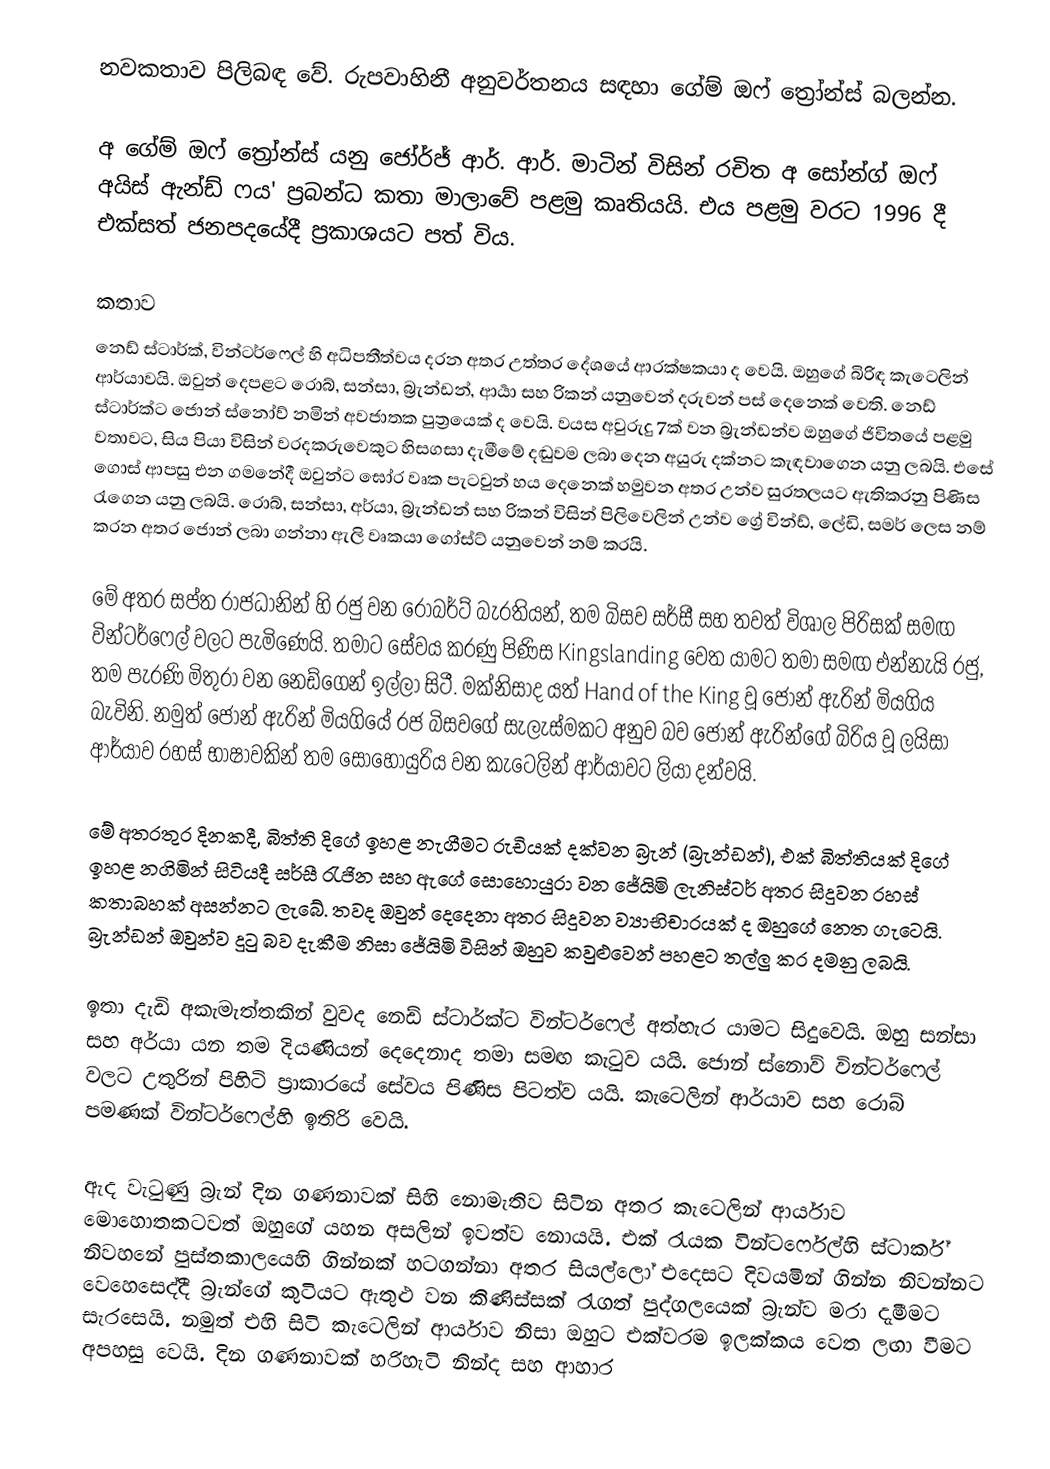
නවකතාව පිලිබඳ වේ. රුපවාහිනී අනුවර්තනය සඳහා ගේම් ඔෆ් ත්‍රෝන්ස් බලන්න.

අ ගේම් ඔෆ් ත්‍රෝන්ස් යනු ජෝර්ජ් ආර්. ආර්. මාටින් විසින් රචිත අ සෝන්ග් ඔෆ් අයිස් ඇන්ඩ් ෆය' ප්‍රබන්ධ කතා මාලාවේ පළමු කෘතියයි. එය පළමු වරට 1996 දී එක්සත් ජනපදයේදී ප්‍රකාශයට පත් විය.

කතාව
නෙඩ් ස්ටාර්ක්, වින්ටර්ෆෙල් හි අධිපතීත්වය දරන අතර උත්තර දේශයේ ආරක්ෂකයා ද වෙයි. ඔහුගේ බිරිඳ කැටෙලින් ආර්යාවයි. ඔවුන් දෙපළට රොබ්, සන්සා, බ්‍රැන්ඩන්, ආර්‍යා සහ රිකන් යනුවෙන් දරුවන් පස් දෙනෙක් වෙති. නෙඩ් ස්ටාර්ක්ට ජොන් ස්නෝව් නමින් අවජාතක පුත්‍රයෙක් ද වෙයි. වයස අවුරුදු 7ක් වන බ්‍රැන්ඩන්ව ඔහුගේ ජිවිතයේ පළමු වතාවට, සිය පියා විසින් වරදකරුවෙකුට හිසගසා දැමීමේ දඬුවම ලබා දෙන අයුරු දක්නට කැඳවාගෙන යනු ලබයි. එසේ ගොස් ආපසු එන ගමනේදී ඔවුන්ට ඝෝර වෘක පැටවුන් හය දෙනෙක් හමුවන අතර උන්ව සුරතලයට ඇතිකරනු පිණිස රැගෙන යනු ලබයි. රොබ්, සන්සා, අර්යා, බ්‍රැන්ඩන් සහ රිකන් විසින් පිලිවෙලින් උන්ව ග්‍රේ වින්ඩ්, ලේඩි, සමර් ලෙස නම් කරන අතර ජොන් ලබා ගන්නා ඇලි වෘකයා ගෝස්ට් යනුවෙන් නම් කරයි.

මේ අතර සප්ත රාජධානින් හි රජු වන රොබර්ට් බැරතියන්, තම බිසව සර්සී සහ තවත් විශාල පිරිසක් සමඟ වින්ටර්ෆෙල් වලට පැමිණෙයි. තමාට සේවය කරණු පිණිස Kingslanding වෙත යාමට තමා සමඟ එන්නැයි රජු, තම පැරණි මිතුරා වන නෙඩ්ගෙන් ඉල්ලා සිටී. මක්නිසාද යත් Hand of the King වූ ජොන් ඇරින් මියගිය බැවිනි. නමුත් ජොන් ඇරින් මියගියේ රජ බිසවගේ සැලැස්මකට අනුව බව ජොන් ඇරින්ගේ බිරිය වූ ලයිසා ආර්යාව රහස් භාෂාවකින් තම සොහොයුරිය වන කැටෙලින් ආර්යාවට ලියා දන්වයි.

මේ අතරතුර දිනකදී, බිත්ති දිගේ ඉහළ නැගීමට රුචියක් දක්වන බ්‍රැන් (බ්‍රැන්ඩන්), එක් බිත්තියක් දිගේ ඉහළ නගිමින් සිටියදී සර්සී රැජින සහ ඇගේ සොහොයුරා වන ජේයිමි ලැනිස්ටර් අතර සිදුවන රහස් කතාබහක් අසන්නට ලැබේ. තවද ඔවුන් දෙදෙනා අතර සිදුවන ව්‍යාභිචාරයක් ද ඔහුගේ නෙත ගැටෙයි. බ්‍රැන්ඩන් ඔවුන්ව දුටු බව දැකීම නිසා ජේයිමි විසින් ඔහුව කවුළුවෙන් පහළට තල්ලු කර දමනු ලබයි.

ඉතා දැඩි අකැමැත්තකින් වුවද නෙඩ් ස්ටාර්ක්ට වින්ටර්ෆෙල් අත්හැර යාමට සිදුවෙයි. ඔහු සන්සා සහ අර්යා යන තම දියණියන් දෙදෙනාද තමා සමඟ කැටුව යයි. ජොන් ස්නොව් වින්ටර්ෆෙල් වලට උතුරින් පිහිටි ප්‍රාකාරයේ සේවය පිණිස පිටත්ව යයි. කැටෙලින් ආර්යාව සහ රොබ් පමණක් වින්ටර්ෆෙල්හි ඉතිරි වෙයි.

ඇද වැටුණු බ්‍රැන් දින ගණනාවක් සිහි නොමැතිව සිටින අතර කැටෙලින් ආර්යාව මොහොතකටවත් ඔහුගේ යහන අසලින් ඉවත්ව නොයයි. එක් රැයක වින්ටර්ෆෙල්හි ස්ටාර්ක් නිවහනේ පුස්තකාලයෙහි ගින්නක් හටගන්නා අතර සියල්ලෝ එදෙසට දිවයමින් ගින්න නිවන්නට වෙහෙසෙද්දී බ්‍රැන්ගේ කුටියට ඇතුළු වන කිණිස්සක් රැගත් පුද්ගලයෙක් බ්‍රැන්ව මරා දැමීමට සැරසෙයි. නමුත් එහි සිටි කැටෙලින් ආර්යාව නිසා ඔහුට එක්වරම ඉලක්කය වෙත ලඟා වීමට අපහසු වෙයි. දින ගණනාවක් හරිහැටි නින්ද සහ ආහාර